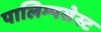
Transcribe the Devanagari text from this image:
पालिम्पसेस्ट